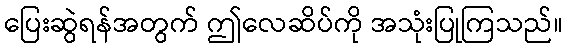
ပြေးဆွဲရန်အတွက် ဤလေဆိပ်ကို အသုံးပြုကြသည်။